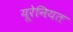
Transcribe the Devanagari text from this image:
यूरेनियत